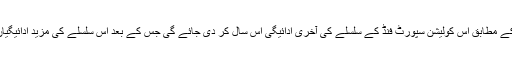
امریکی حکام کے مطابق اس کولیشن سپورٹ فنڈ کے سلسلے کی آخری ادائیگی اس سال کر دی جائے گی جس کے بعد اس سلسلے کی مزید ادائیگیاں نہیں ہوں گی۔